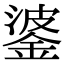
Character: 錃